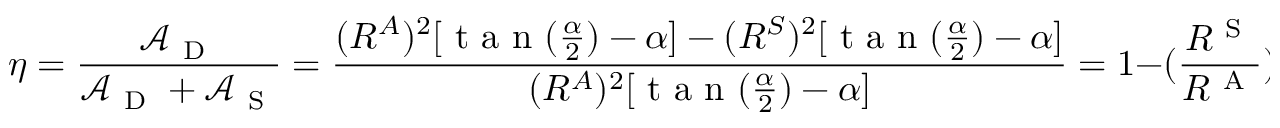
\eta = \frac { \mathcal { A } _ { \mathrm { ~ D ~ } } } { \mathcal { A } _ { \mathrm { ~ D ~ } } + \mathcal { A } _ { \mathrm { ~ S ~ } } } = \frac { ( R ^ { A } ) ^ { 2 } [ \mathrm { ~ t ~ a ~ n ~ } ( \frac { \alpha } { 2 } ) - \alpha ] - ( R ^ { S } ) ^ { 2 } [ \mathrm { ~ t ~ a ~ n ~ } ( \frac { \alpha } { 2 } ) - \alpha ] } { ( R ^ { A } ) ^ { 2 } [ \mathrm { ~ t ~ a ~ n ~ } ( \frac { \alpha } { 2 } ) - \alpha ] } = 1 - ( \frac { R ^ { \mathrm { ~ S ~ } } } { R ^ { \mathrm { ~ A ~ } } } ) ^ { 2 } .